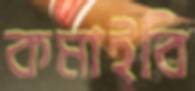
কমাইবি